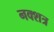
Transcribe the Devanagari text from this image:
नक्शत्र